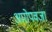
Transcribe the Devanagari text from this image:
आरोपवजा